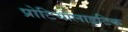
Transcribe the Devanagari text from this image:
प्रोटियोलाइटिक